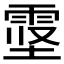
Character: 𱁖